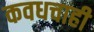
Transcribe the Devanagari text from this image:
कवधचाही